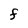
Character: F